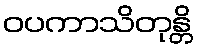
ဝပကာသိတုန္တိ